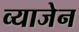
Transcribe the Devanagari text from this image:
व्याजेन